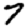
Digit: 7